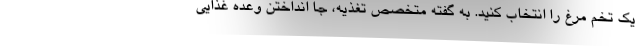
یک تخم مرغ را انتخاب کنید. به گفته متخصص تغذیه، جا انداختن وعده غذایی